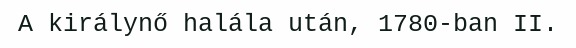
A királynő halála után, 1780-ban II.